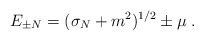
\begin{align*}E_{\pm N}=(\sigma_N+m^2)^{1/2}\pm \mu\;.\end{align*}